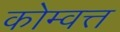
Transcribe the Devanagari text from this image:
कोम्वत्त